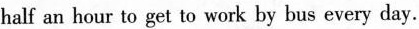
half an hour to get to work by bus every day.